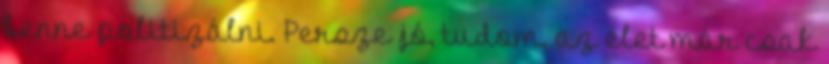
benne politizálni. Persze jó, tudom, az élet már csak